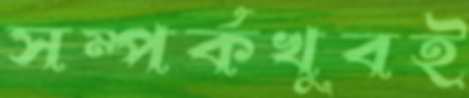
সম্পর্কখুবই